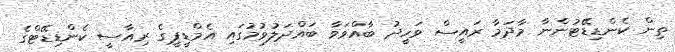
ތިން ކެންޑިޑޭޓުންނާ މާދަމާ ރައީސް ވަހީދު ބާއްވަވާ ބައްދަލުވުމުގައި އެމްޑީޕީގެ ރިއާސީ ކެންޑިޑޭޓްގެ